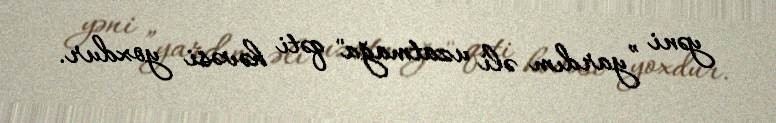
yəni ”yardım əli uzatmağa" qəti həvəsi yoxdur.